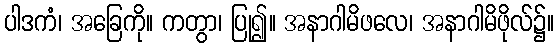
ပါဒကံ၊ အခြေကို။ ကတွာ၊ ပြု၍။ အနာဂါမိဖလေ၊ အနာဂါမိဖိုလ်၌။